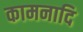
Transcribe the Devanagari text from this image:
कामनादि